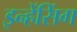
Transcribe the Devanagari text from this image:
इन्हेंसिंग